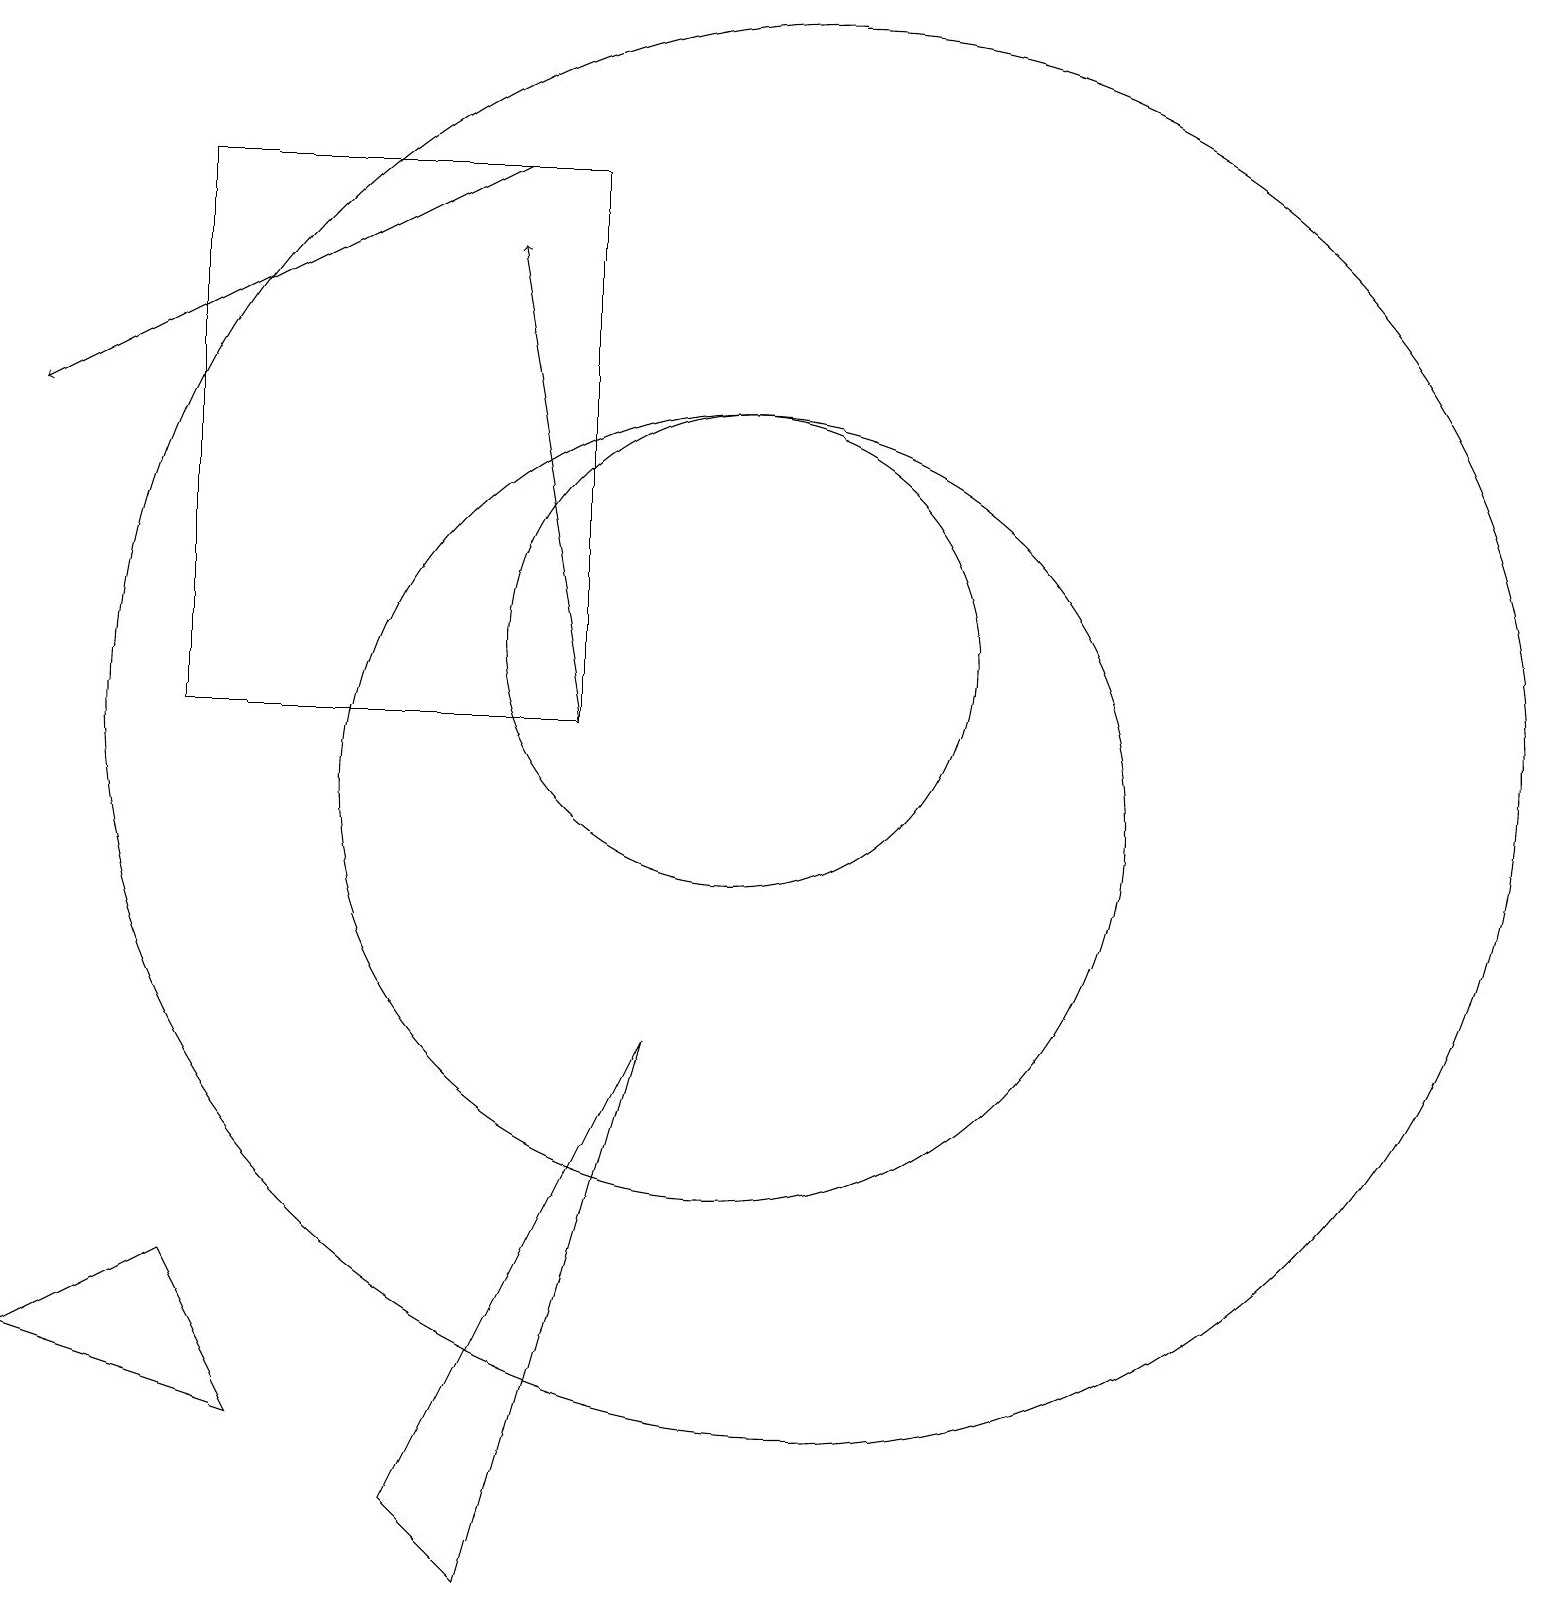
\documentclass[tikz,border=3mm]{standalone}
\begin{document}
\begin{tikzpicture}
\draw (6,1) -- (7,0) -- (9,7) -- cycle;
\draw (11,11) circle (9);
\draw (10,10) circle (5);
\draw (4,2) -- (1,3) -- (3,4) -- cycle;
\draw (10,12) circle (3);
\draw[->] (7,18) -- (1,15);
\draw[->] (8,11) -- (7,17);
\draw (8,18) rectangle (3,11);
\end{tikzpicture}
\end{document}